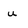
Character: u